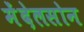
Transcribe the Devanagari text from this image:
मेंदेलसोन